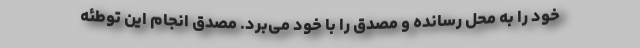
خود را به محل رسانده و مصدق را با خود می‌برد. مصدق انجام این توطئه